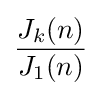
{\frac {J_{k}(n)}{J_{1}(n)}}